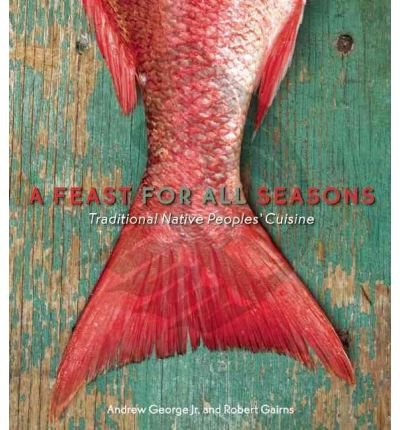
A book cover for A Feast for All Seasons: Traditional Native Peoples' Cuisine (Paperback) - Common; By (author) Robert Gairns By (author) Andrew George; Cookbooks, Food & Wine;